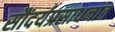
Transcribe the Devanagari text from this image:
सौंदर्यप्रसाधनांत